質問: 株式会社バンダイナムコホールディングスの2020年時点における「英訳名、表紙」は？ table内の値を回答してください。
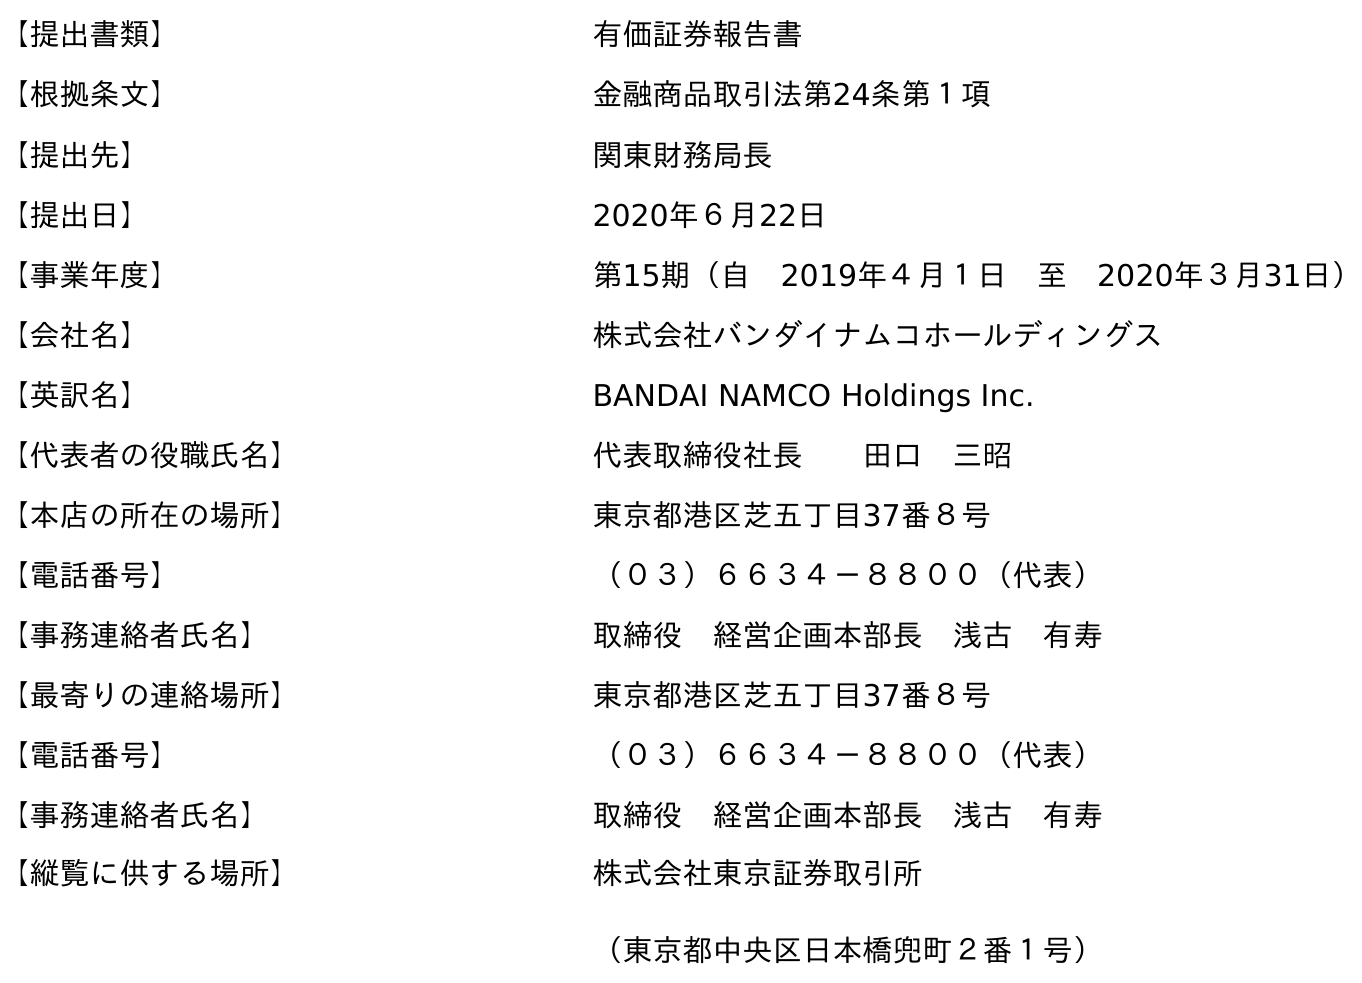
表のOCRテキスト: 【提出書類】 有価証券報告書 【根拠条文】 金融商品取引法第24条第１項 【提出先】 関東財務局長 【提出日】 2020年６月22日 【事業年度】 第15期（自 2019年４月１日 至 2020年３月31日） 【会社名】 株式会社バンダイナムコホールディングス 【英訳名】 BANDAI NAMCO Holdings Inc. 【代表者の役職氏名】 代表取締役社長  田口 三昭 【本店の所在の場所】 東京都港区芝五丁目37番８号 【電話番号】 （０３）６６３４－８８００（代表） 【事務連絡者氏名】 取締役 経営企画本部長 浅古 有寿 【最寄りの連絡場所】 東京都港区芝五丁目37番８号 【電話番号】 （０３）６６３４－８８００（代表） 【事務連絡者氏名】 取締役 経営企画本部長 浅古 有寿 【縦覧に供する場所】 株式会社東京証券取引所 （東京都中央区日本橋兜町２番１号）
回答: BANDAI NAMCO Holdings Inc.